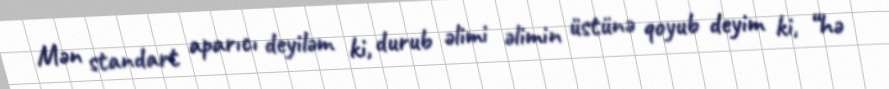
Mən standart aparıcı deyiləm ki, durub əlimi əlimin üstünə qoyub deyim ki, “hə